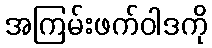
အကြမ်းဖက်ဝါဒကို